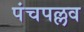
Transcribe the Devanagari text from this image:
पंचपल्लव